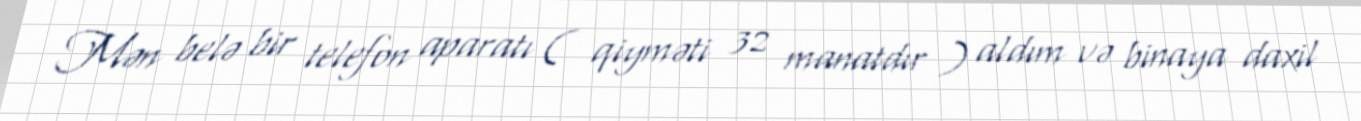
Mən belə bir telefon aparatı ( qiyməti 32 manatdır ) aldım və binaya daxil